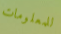
للمعلومات